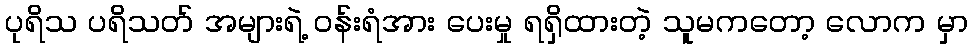
ပုရိသ ပရိသတ် အများရဲ့ ဝန်းရံအား ပေးမှု ရရှိထားတဲ့ သူမကတော့ လောက မှာ